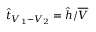
\hat { t } _ { V _ { 1 } - V _ { 2 } } = \hat { h } / \overline { { V } }